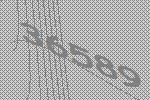
36589